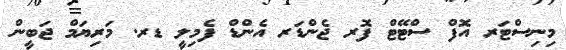
މިނިސްޓަރ އޮފް ސްޓޭޓް ފޮރ ޖެންޑަރ އެންޑް ފެމިލީ ޑރ. މަރިޔަމް ޖަބީން